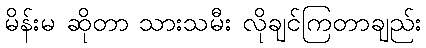
မိန်းမ ဆိုတာ သားသမီး လိုချင်ကြတာချည်း